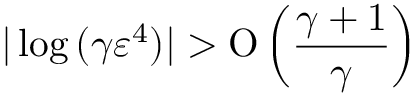
| \log { ( \gamma \varepsilon ^ { 4 } ) } | > \ensuremath { \operatorname { O } \left( \frac { \gamma + 1 } { \gamma } \right) }